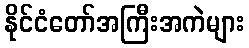
နိုင်ငံတော်အကြီးအကဲများ